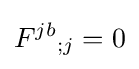
{F^{jb}}_{;j}=0